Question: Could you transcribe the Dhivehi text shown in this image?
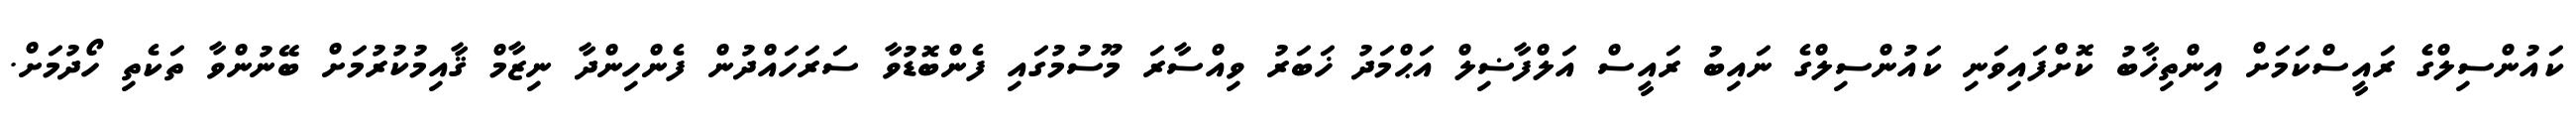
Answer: ކައުންސިލްގެ ރައީސްކަމަށް އިންތިޚާބު ކޮށްފައިވަނި ކައުންސިލްގެ ނައިބު ރައީސް އަލްފާޟިލް އަޙްމަދު ޚަބަރު ވިއްސާރަ މޫސުމުގައި ފެންބޮޑުވާ ސަރަހައްދުން ފެންހިންދާ ނިޒާމް ޤާއިމުކުރުމަށް ބޭނުންވާ ތަކެތި ހޯދުމަށް.